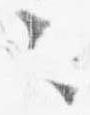
々